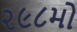
૨૯૮મો